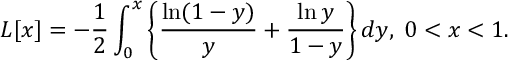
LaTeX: L [ x ] = - \frac { 1 } { 2 } \int _ { 0 } ^ { x } \left\{ \frac { \ln ( 1 - y ) } { y } + \frac { \ln y } { 1 - y } \right\} d y , \; 0 < x < 1 .